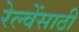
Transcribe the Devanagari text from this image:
रेल्वेंसाठी